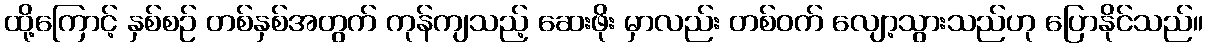
ထို့ကြောင့် နှစ်စဉ် တစ်နှစ်အတွက် ကုန်ကျသည့် ဆေးဖိုး မှာလည်း တစ်ဝက် လျော့သွားသည်ဟု ပြောနိုင်သည်။